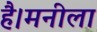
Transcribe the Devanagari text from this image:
है।मनीला